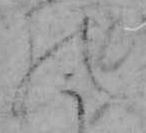
の